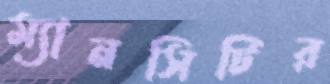
ম্যানসিটির